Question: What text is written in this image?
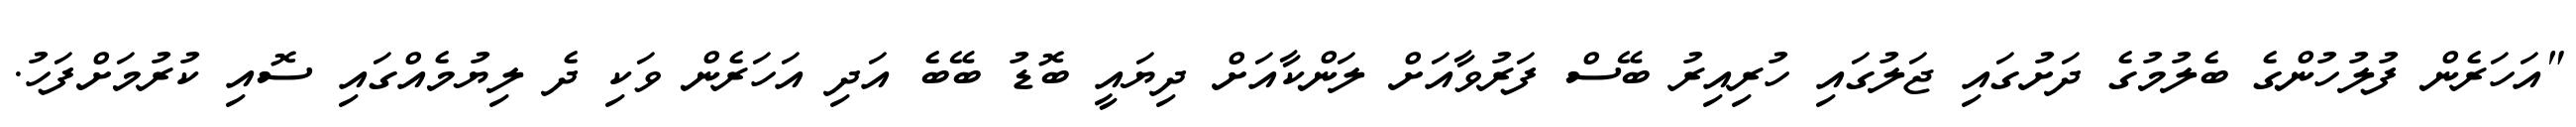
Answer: "އަހަރެން ފުލުހުންގެ ބެލުމުގެ ދަށުގައި ޖަލުގައި ހުރިއިރު ބޭސް ފަރުވާއަށް ލަންކާއަށް ދިޔައީ ބޮޑު ބޭބެ އަދި އަހަރެން ވަކި ދެ ލިޔުމެއްގައި ސޮއި ކުރުމަށްފަހު.